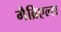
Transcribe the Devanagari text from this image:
गैब्रिएल्स